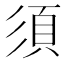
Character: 須